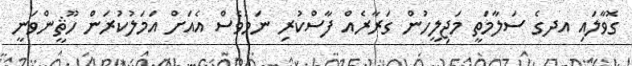
ގޮވާލައި އދގެ ސަލާމަތީ މަޖިލީހުން ގަރާރެއް ފާސްކުރި ނަމަވެސް އެއަށް އަމަލުކުރަން ހޫޘީންވަނީ